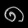
Digit: ၈